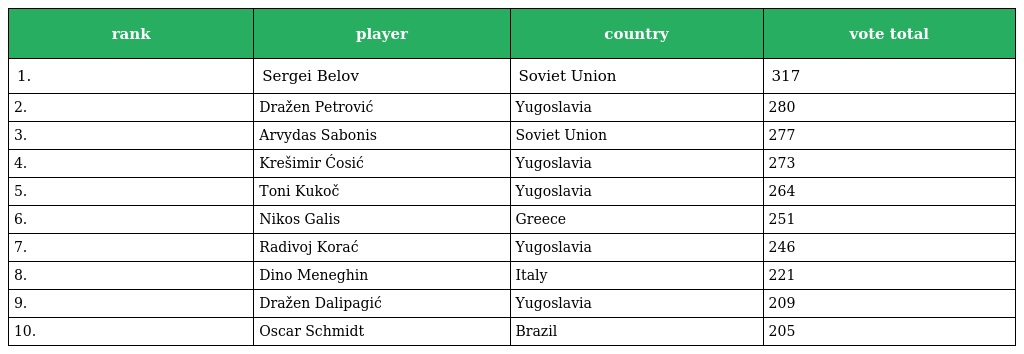
| rank | player | country | vote total |
 | --- | --- | --- | --- |
 | 1. | Sergei Belov | Soviet Union | 317 |
 | 2. | Dražen Petrović | Yugoslavia | 280 |
 | 3. | Arvydas Sabonis | Soviet Union | 277 |
 | 4. | Krešimir Ćosić | Yugoslavia | 273 |
 | 5. | Toni Kukoč | Yugoslavia | 264 |
 | 6. | Nikos Galis | Greece | 251 |
 | 7. | Radivoj Korać | Yugoslavia | 246 |
 | 8. | Dino Meneghin | Italy | 221 |
 | 9. | Dražen Dalipagić | Yugoslavia | 209 |
 | 10. | Oscar Schmidt | Brazil | 205 |